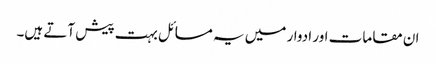
ان مقامات اور ادوار میں یہ مسائل بہت پیش آتے ہیں۔